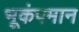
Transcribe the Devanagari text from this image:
भूकंपमान